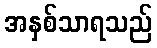
အနှစ်သာရသည်